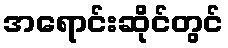
အရောင်းဆိုင်တွင်